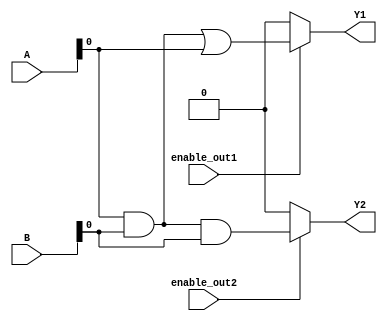
module combinational_logic (
    input wire [3:0] A,      // 4-bit input signal A
    input wire [3:0] B,      // 4-bit input signal B
    input wire enable_out1,   // Enable signal for output 1
    input wire enable_out2,   // Enable signal for output 2
    output wire Y1,          // Output 1
    output wire Y2           // Output 2
);

// Shared Logic Block
wire common_logic;

// Example common logic: AND operation between inputs A and B
assign common_logic = A & B;

// Output Logic Blocks
assign Y1 = enable_out1 ? (common_logic | A) : 1'b0; // Output 1 logic
assign Y2 = enable_out2 ? (common_logic & B) : 1'b0; // Output 2 logic

endmodule